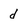
Character: d